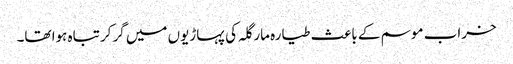
خراب موسم کے باعث طیارہ مارگلہ کی پہاڑیوں میں گرکر تباہ ہوا تھا۔